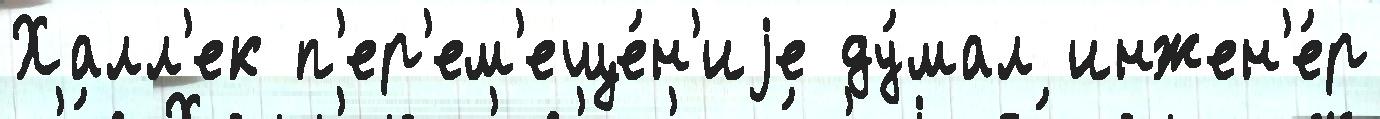
Халл'ек п'ер'ем'еще́н'иjе ду́мал инжен'е́р